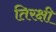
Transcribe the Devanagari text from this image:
तिरक्षी